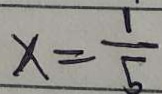
x = \frac { 1 } { 5 }